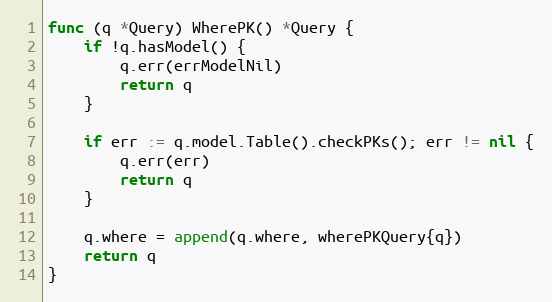
Language: Go
func (q *Query) WherePK() *Query {
	if !q.hasModel() {
		q.err(errModelNil)
		return q
	}

	if err := q.model.Table().checkPKs(); err != nil {
		q.err(err)
		return q
	}

	q.where = append(q.where, wherePKQuery{q})
	return q
}